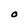
Character: 0